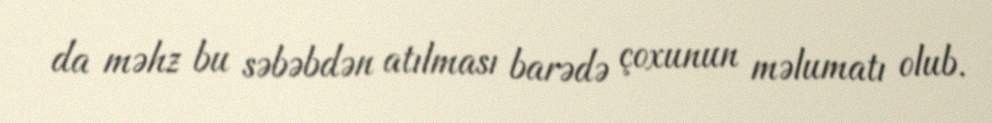
da məhz bu səbəbdən atılması barədə çoxunun məlumatı olub.